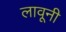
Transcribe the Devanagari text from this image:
लावूनी